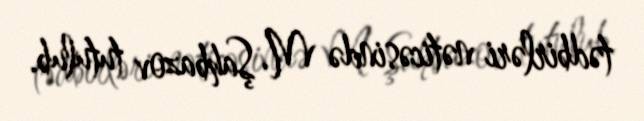
tədbirləri nəticəsində M. Şahbazov tutulub.